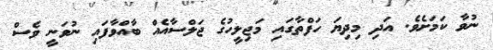
ނުވާ ކަމަށެވެ. އަދި މިދިޔަ ހަފްތާގައި މަޖިލީހުގެ ޖަލްސާއެއް ބާއްވާފައި ނުވަނީ ވެސް